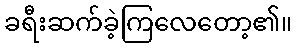
ခရီးဆက်ခဲ့ကြလေတော့၏။